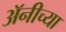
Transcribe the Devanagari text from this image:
अॅनीच्या